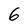
Character: 6